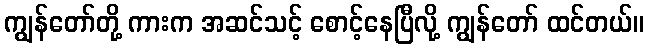
ကျွန်တော်တို့ ကားက အဆင်သင့် စောင့်နေပြီလို့ ကျွန်တော် ထင်တယ်။